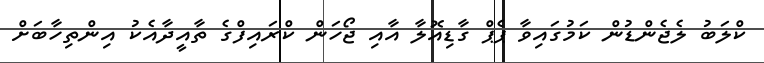
ކްލަބު ލެޖެންޑުން ކަމުގައިވާ ޕެޕް ގާޑިއޮލާ އާއި ޖޯހަން ކްރައިފްގެ ތާއީދާއެކު އިންތިހާބަށް